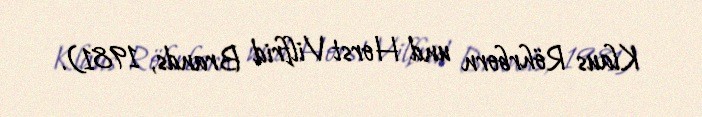
Klaus Röhrborn und Horst Vilfrid Brands, 1981).